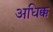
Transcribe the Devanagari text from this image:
अधिक्क